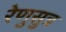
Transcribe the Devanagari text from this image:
रेणुसुत्र